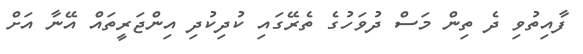
ފާއިތުވި ދެ ތިން މަސް ދުވަހުގެ ތެރޭގައި ކުދިކުދި އިންޖަރީތައް އޭނާ އަށް